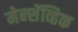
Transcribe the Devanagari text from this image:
मेन्शॅव्हिक